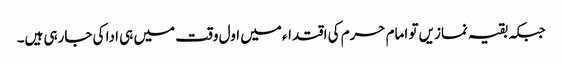
جبکہ بقیہ نمازیں تو امام حرم کی اقتداء میں اول وقت میں ہی ادا کی جارہی ہیں۔